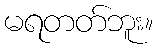
မရတတ်ဘူး။